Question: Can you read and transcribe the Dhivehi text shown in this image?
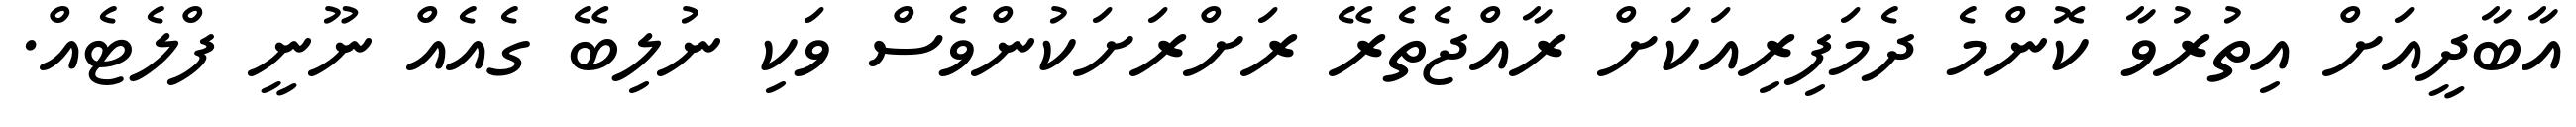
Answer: އާބާދީއަށް އިތުރުވާ ކޮންމެ ދެމަފިރިއަކަށް ރާއްޖެތެރޭ ރަށްރަށަކުންވެސް ވަކި ނުލިބޭ ގެއެއް ނޫނީ ފްލެޓެއް.